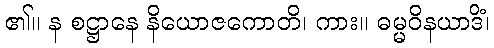
၏။ န စဋ္ဌာနေ နိယောဇကောတိ၊ ကား။ ဓမ္မဝိနယာဒိံ၊